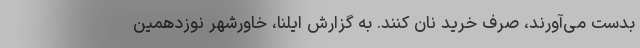
بدست می‌آورند، صرف خرید نان ‌کنند. به گزارش ایلنا، خاورشهر نوزدهمین